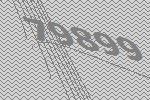
79899